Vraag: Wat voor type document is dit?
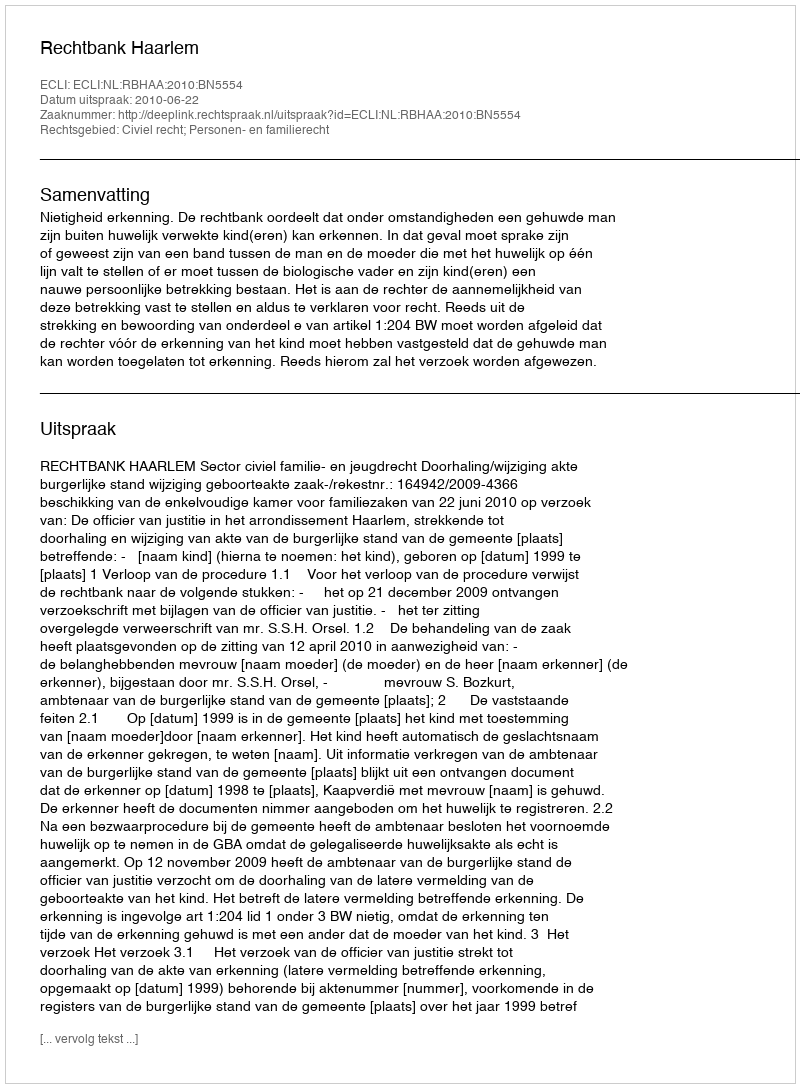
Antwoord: Uitspraak